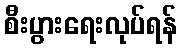
စီးပွားရေးလုပ်ရန်